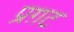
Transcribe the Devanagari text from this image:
प्रग़ट